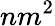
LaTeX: nm^{2}